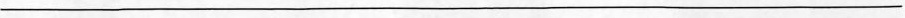
___